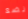
نضع